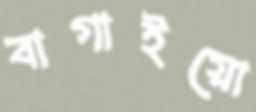
বাগাইয়ো